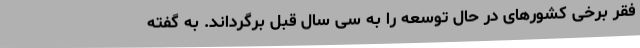
فقر برخی کشورهای در حال توسعه را به سی سال قبل برگرداند. به گفته